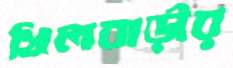
খিলবাড়ীর